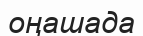
оңашада